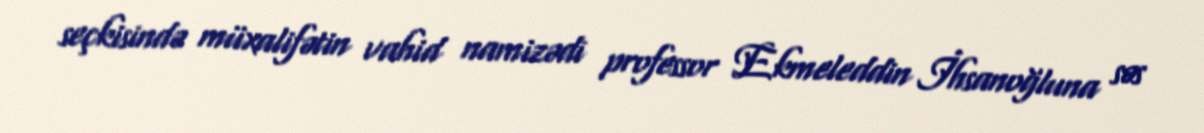
seçkisində müxalifətin vahid namizədi professor Ekmeleddin İhsanoğluna səs